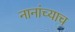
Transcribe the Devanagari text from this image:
नानांच्याच